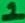
Text: 1